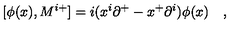
[ \phi ( x ) , M ^ { i + } ] = i ( x ^ { i } { \partial } ^ { + } - x ^ { + } { \partial } ^ { i } ) \phi ( x ) \quad ,